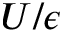
U / \epsilon